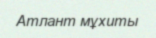
Атлант мұхиты